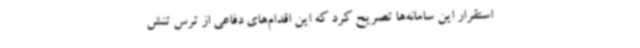
استقرار این سامانه‌ها تصریح کرد که این اقدام‌های دفاعی از ترس تنش